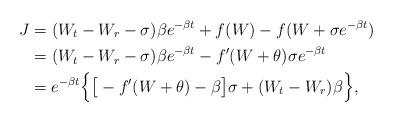
LaTeX: \begin{align*} J&=(W_t-W_r-\sigma)\beta e^{-\beta t}+f(W)-f(W+\sigma e^{-\beta t})\\ &=(W_t-W_r-\sigma)\beta e^{-\beta t}-f'(W+\theta )\sigma e^{-\beta t}\\ &= e^{-\beta t}\Big\{\big[-f'(W+\theta)-\beta\big]\sigma+(W_t-W_r)\beta\Big\}, \end{align*}